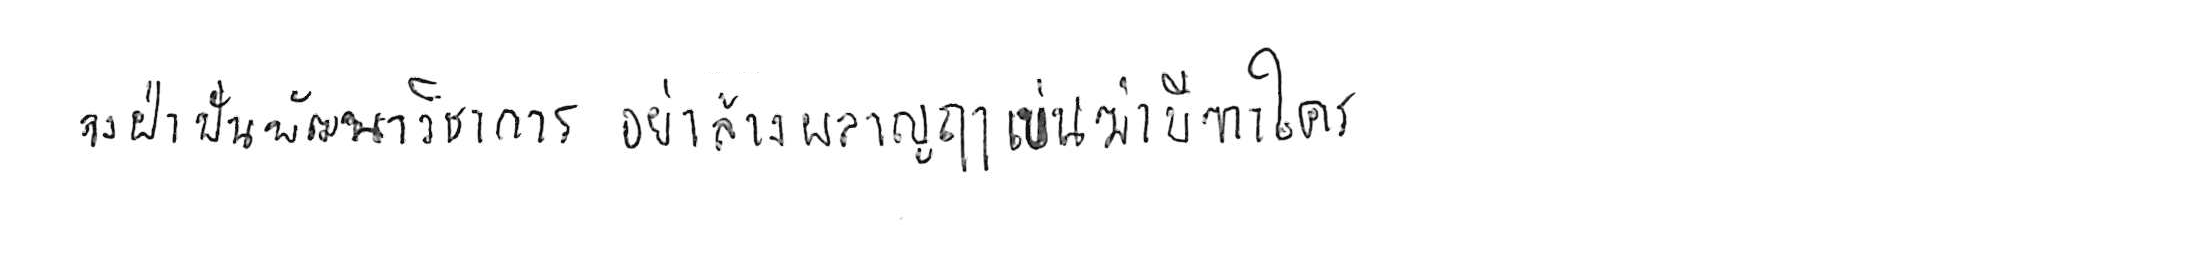
จงฝ่าฟันพัฒนาวิชาการ อย่าล้างผลาญฤๅเข่นฆ่าบีฑาใคร